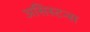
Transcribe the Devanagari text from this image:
असिस्टन्स